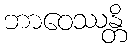
ဘာဝေဿန္တိ